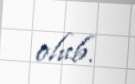
olub.